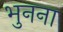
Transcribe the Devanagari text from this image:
भुनना